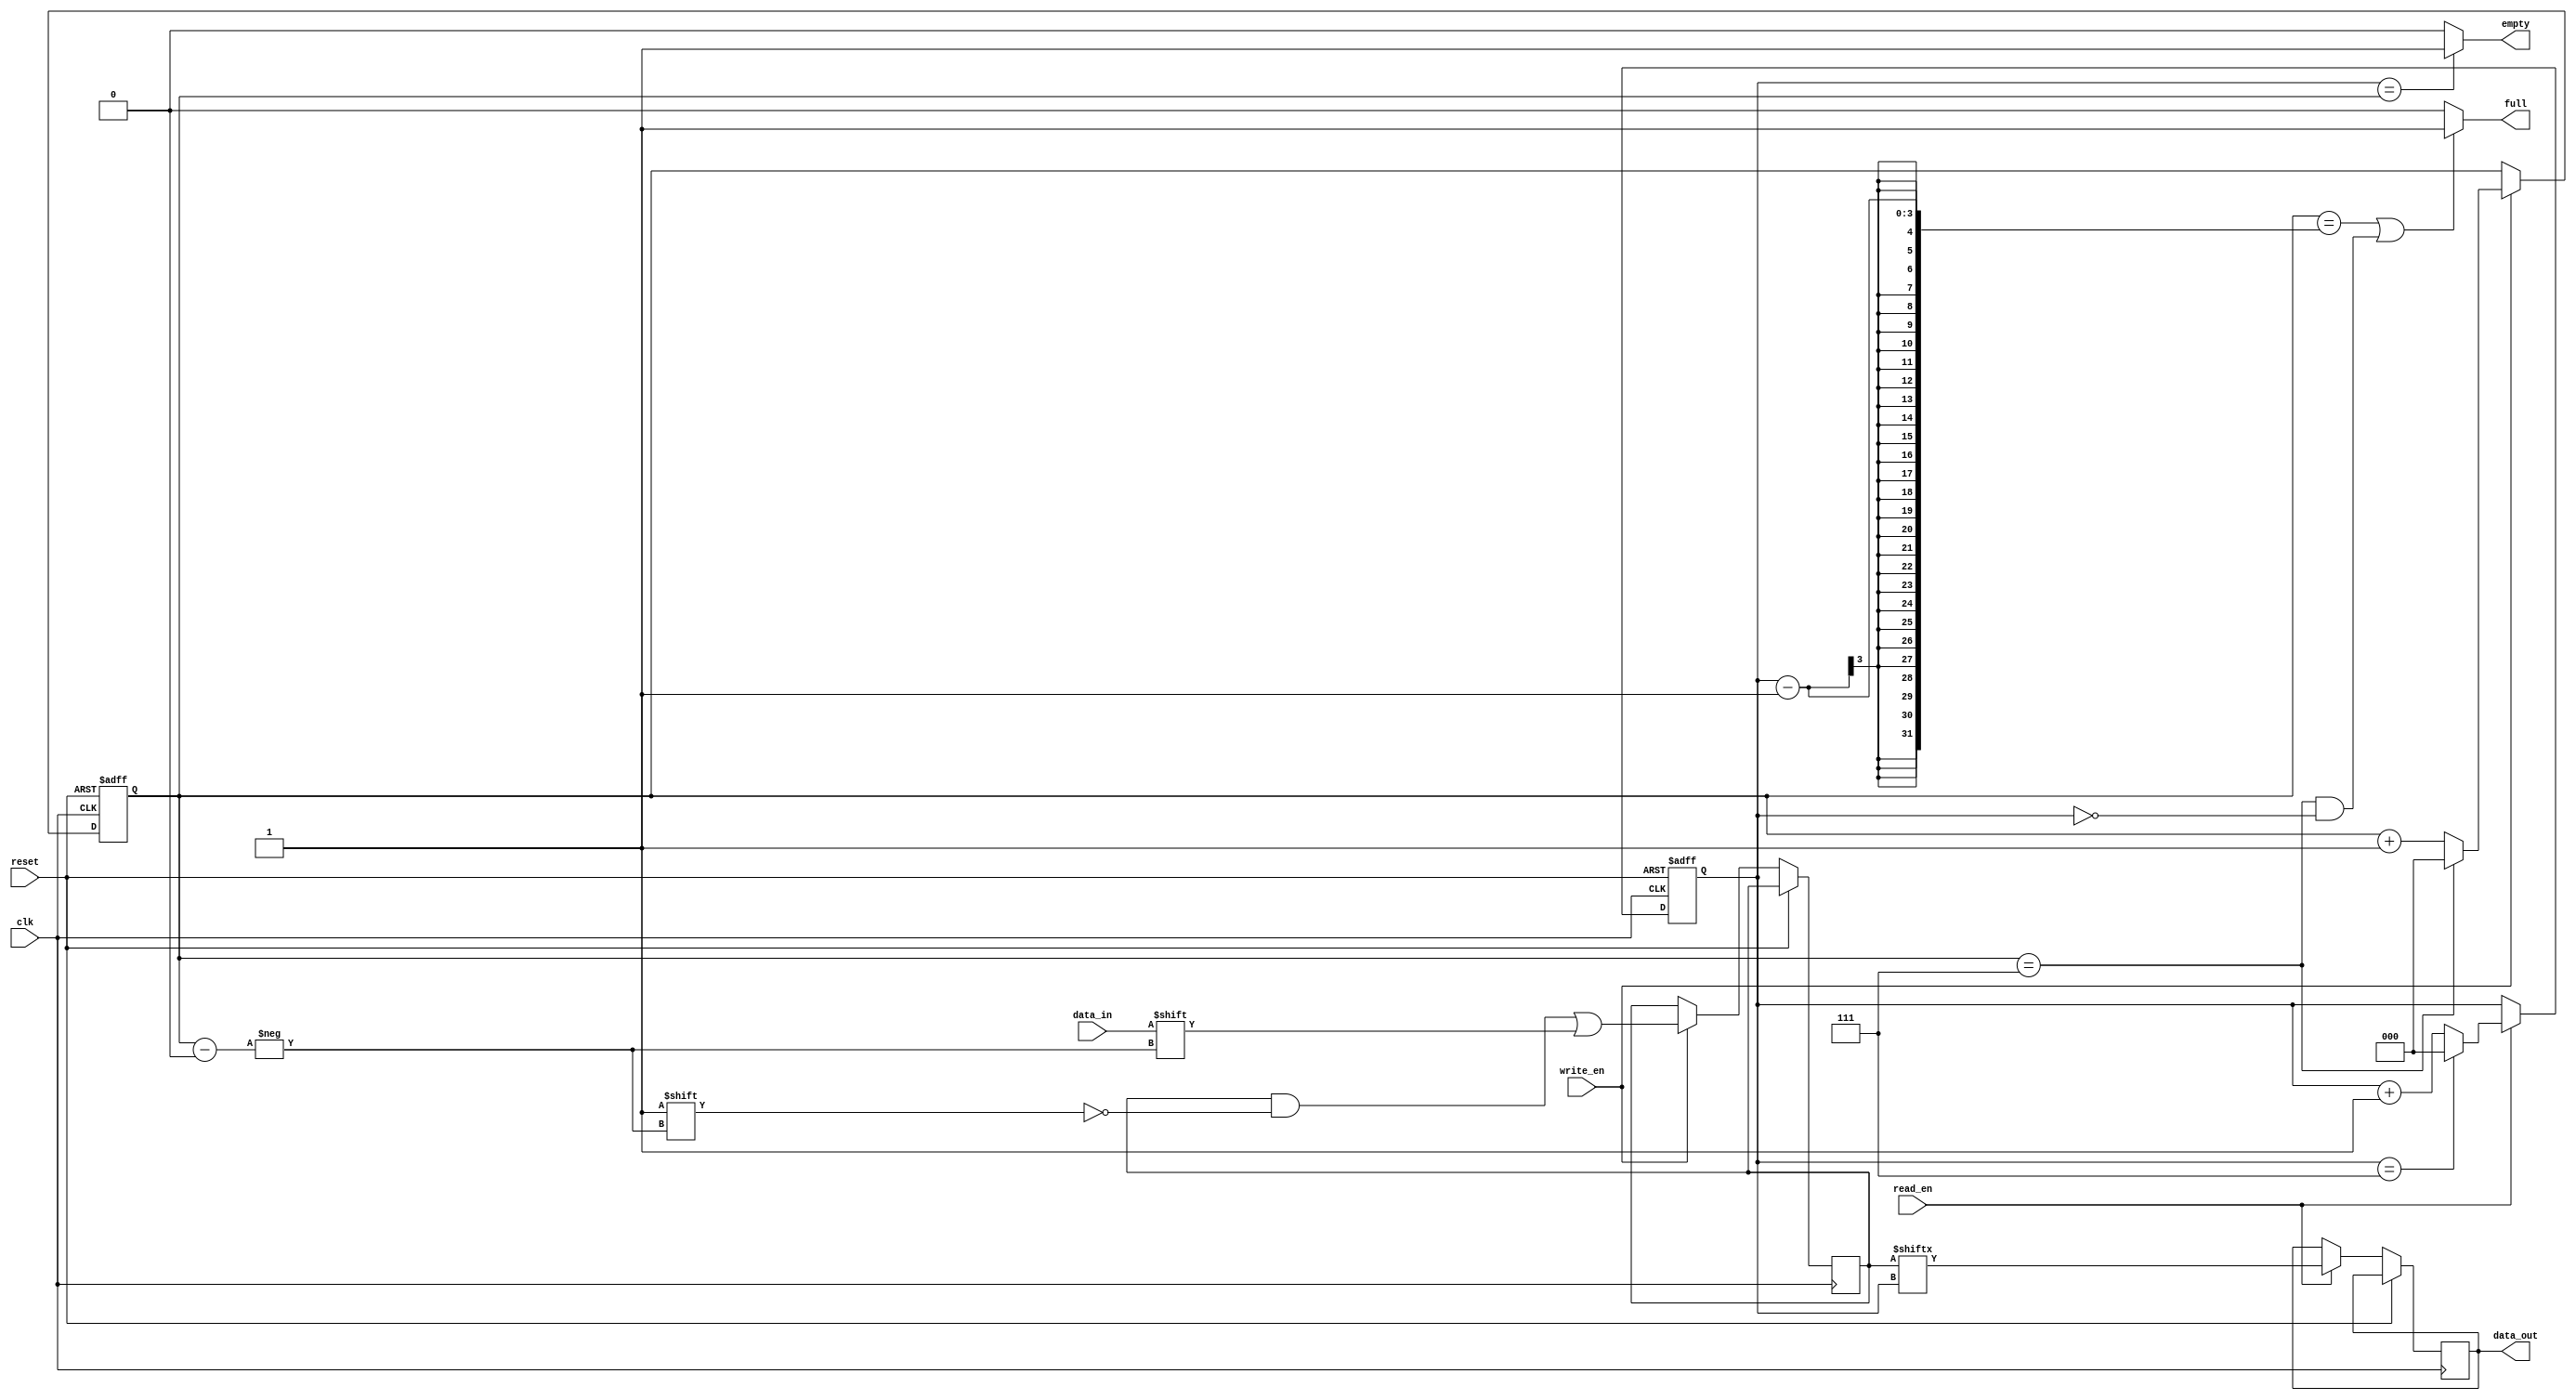
module bidirectional_fifo (
    input wire clk,
    input wire reset,
    input wire read_en,
    input wire write_en,
    input wire data_in,
    output wire data_out,
    output wire full,
    output wire empty
);

parameter FIFO_DEPTH = 8; // Define FIFO depth

reg [FIFO_DEPTH-1:0] fifo_mem; // FIFO memory
reg [$clog2(FIFO_DEPTH)-1:0] read_ptr; // Read pointer
reg [$clog2(FIFO_DEPTH)-1:0] write_ptr; // Write pointer

// Logic to handle read and write operations
always @(posedge clk or posedge reset) begin
    if (reset) begin
        read_ptr <= 0;
        write_ptr <= 0;
    end else begin
        if (read_en) begin
            data_out <= fifo_mem[read_ptr];
            if (read_ptr == FIFO_DEPTH-1) begin
                read_ptr <= 0;
            end else begin
                read_ptr <= read_ptr + 1;
            end
        end
        
        if (write_en) begin
            fifo_mem[write_ptr] <= data_in;
            if (write_ptr == FIFO_DEPTH-1) begin
                write_ptr <= 0;
            end else begin
                write_ptr <= write_ptr + 1;
            end
        end
    end
end

// Logic to handle full and empty situations
assign full = ((write_ptr == (read_ptr - 1)) || ((write_ptr == FIFO_DEPTH-1) && (read_ptr == 0))) ? 1'b1 : 1'b0;
assign empty = (read_ptr == write_ptr) ? 1'b1 : 1'b0;

endmodule